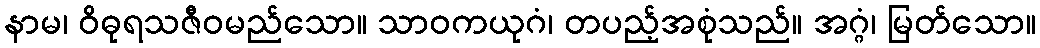
နာမ၊ ဝိဓုရသဇီဝမည်သော။ သာဝကယုဂံ၊ တပည့်အစုံသည်။ အဂ္ဂံ၊ မြတ်သော။